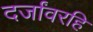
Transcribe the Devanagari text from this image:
दर्जांवरहि